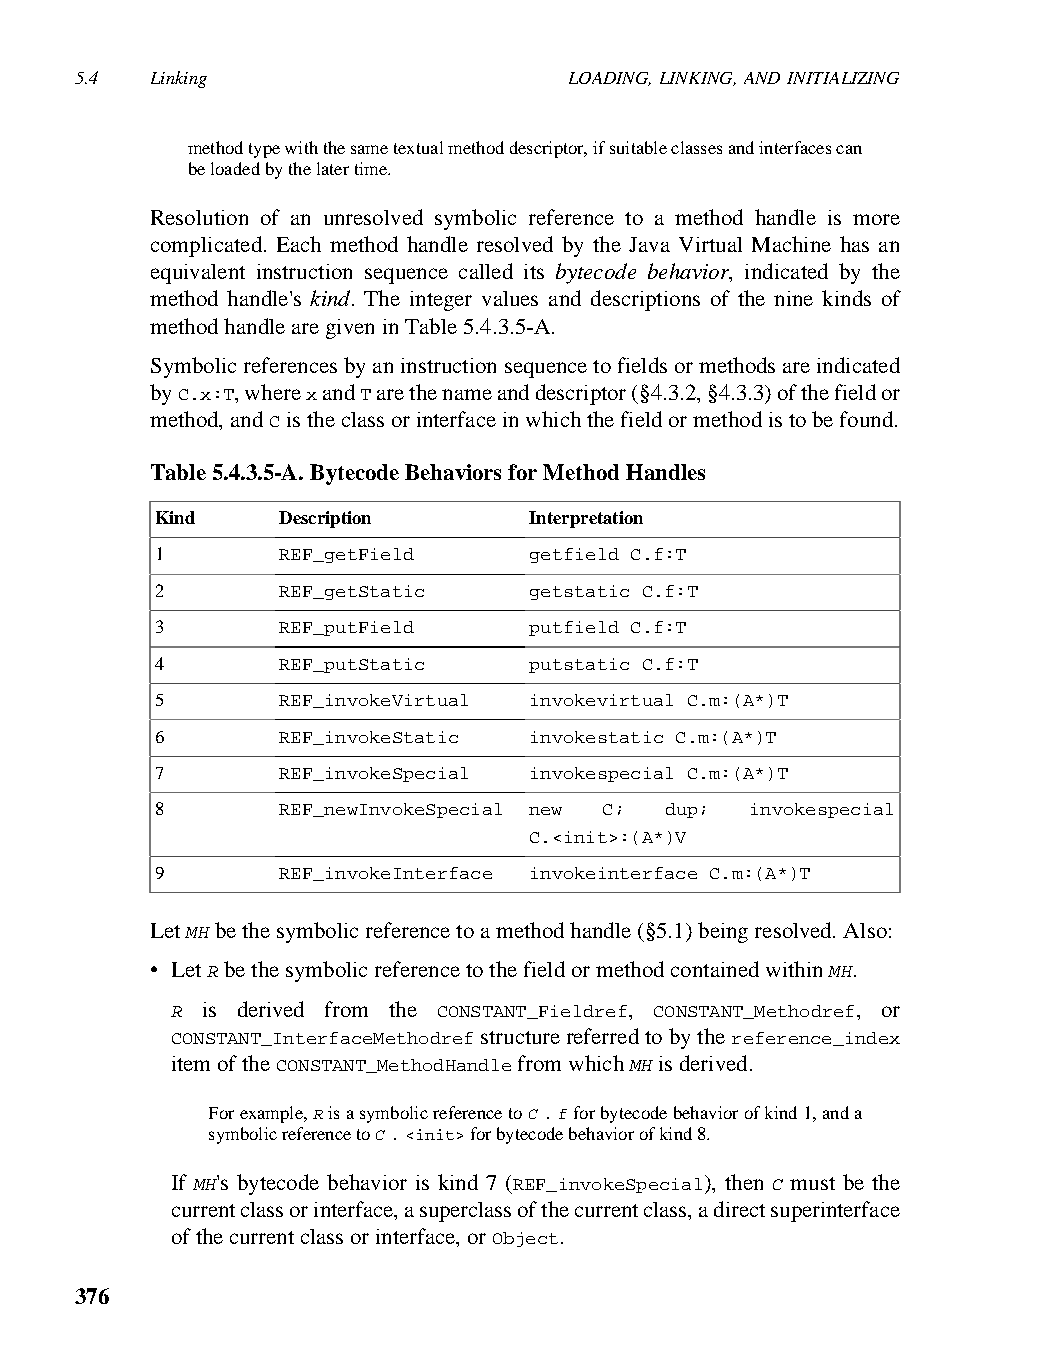
5.4  Linking                     LOADING, LINKING, AND INITIALIZING
 method type with the same textual method descriptor, if suitable classes and interfaces can
 be loaded by the later time.
 Resolution of an unresolved symbolic reference to a method handle is more
 complicated. Each method handle resolved by the Java Virtual Machine has an
 equivalent instruction sequence called its bytecode behavior, indicated by the
 method handle's kind. The integer values and descriptions of the nine kinds of
 method handle are given in Table 5.4.3.5-A.
 Symbolic references by an instruction sequence to fields or methods are indicated
 by C.x:T, where x and T are the name and descriptor (§4.3.2, §4.3.3) of the field or
 method, and C is the class or interface in which the field or method is to be found.
 Table 5.4.3.5-A. Bytecode Behaviors for Method Handles
 Kind    Description      Interpretation
 1       REF_getField     getfield C.f:T
 2       REF_getStatic    getstatic C.f:T
 3       REF_putField     putfield C.f:T
 4       REF_putStatic    putstatic C.f:T
 5       REF_invokeVirtual invokevirtual C.m:(A*)T
 6       REF_invokeStatic invokestatic C.m:(A*)T
 7       REF_invokeSpecial invokespecial C.m:(A*)T
 8       REF_newInvokeSpecial new C; dup; invokespecial
 C.<init>:(A*)V
 9       REF_invokeInterface invokeinterface C.m:(A*)T
 Let MH be the symbolic reference to a method handle (§5.1) being resolved. Also:
 • Let R be the symbolic reference to the field or method contained within MH.
 R is derived from the CONSTANT_Fieldref, CONSTANT_Methodref, or
 CONSTANT_InterfaceMethodref structure referred to by the reference_index
 item of the CONSTANT_MethodHandle from which MH is derived.
 For example, R is a symbolic reference to C . f for bytecode behavior of kind 1, and a
 symbolic reference to C . <init> for bytecode behavior of kind 8.
 If MH's bytecode behavior is kind 7 (REF_invokeSpecial), then C must be the
 current class or interface, a superclass of the current class, a direct superinterface
 of the current class or interface, or Object.
 376